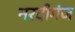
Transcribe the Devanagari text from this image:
नरदीगंज